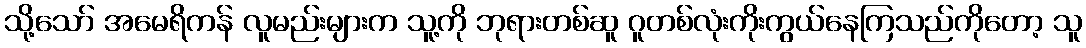
သို့သော် အမေရိကန် လူမည်းများက သူ့ကို ဘုရားတစ်ဆူ ဂူတစ်လုံးကိုးကွယ်နေကြသည်ကိုတော့ သူ